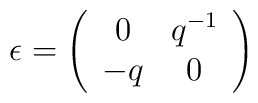
\epsilon=\left(\begin{array}{cc}0&q^{-1}\\-q&0\end{array}\right)